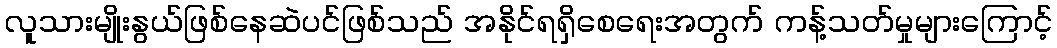
လူသားမျိုးနွယ်ဖြစ်နေဆဲပင်ဖြစ်သည် အနိုင်ရရှိစေရေးအတွက် ကန့်သတ်မှုများကြောင့်